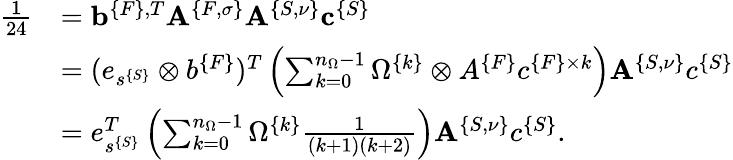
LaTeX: \begin{array}{rl}{\frac{1}{24}}&{={\mathbf b}^{\{ F\} ,T}{\mathbf A}^{\{ F,\sigma\} }{\mathbf A}^{\{ S,\nu\} }{\mathbf c}^{\{ S\} }}\\ &{=(e_{s^{\{ S\} }}\otimes b^{\{ F\} })^{T}\left(\sum_{k=0}^{n_{\Omega}-1}\Omega^{\{ k\} }\otimes A^{\{ F\} }c^{\{ F\} \times k}\right){\mathbf A}^{\{ S,\nu\} }c^{\{ S\} }}\\ &{=e_{s^{\{ S\} }}^{T}\left(\sum_{k=0}^{n_{\Omega}-1}\Omega^{\{ k\} }\frac{1}{(k+1)(k+2)}\right){\mathbf A}^{\{ S,\nu\} }c^{\{ S\} }.}\end{array}